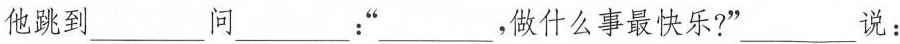
他跳到___问___；“___，做什么事最快乐?” ___说：